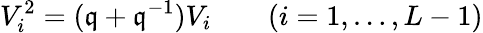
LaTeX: V_{i}^{2}=(\mathfrak{q}+\mathfrak{q}^{-1})V_{i}\qquad(i=1,\ldots,L-1)